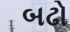
બઢો